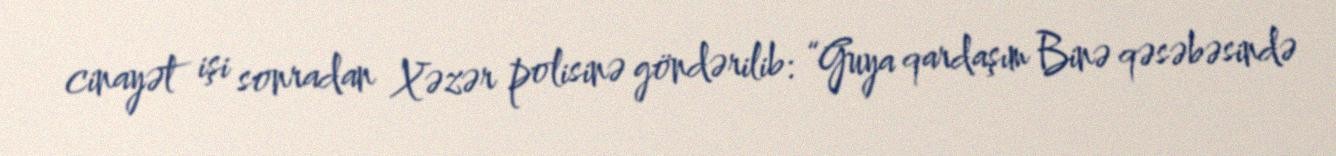
cinayət işi sonradan Xəzər polisinə göndərilib: “Guya qardaşım Binə qəsəbəsində